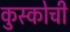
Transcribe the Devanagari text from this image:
कुस्कोची